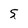
Character: 5